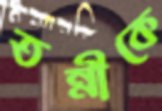
তন্নীকে